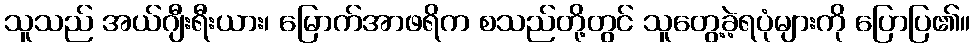
သူသည် အယ်ဂျီးရီးယား၊ မြောက်အာဖရိက စသည်တို့တွင် သူတွေ့ခဲ့ရပုံများကို ပြောပြ၏။